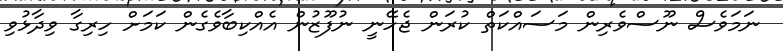
ނަމަވެސް ނޫސްވެރިން މަސައްކަތް ކުރަން ޖެހޭނީ ނުފޫޒުން އެއްކިބާވެގެން ކަމަށް ހިރިގާ ވިދާޅުވި